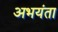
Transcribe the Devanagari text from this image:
अभयंता